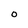
Character: 0